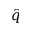
\hat { q }